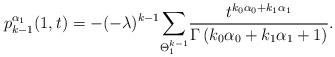
LaTeX: \begin{align*}p^{\alpha_1}_{k-1}(1,t)=-(-\lambda)^{k-1}\underset{\Theta^{k-1}_{1}}{\sum}\frac{t^{k_0\alpha_0+k_1\alpha_1}}{\Gamma\left(k_0\alpha_0+k_1\alpha_1+1\right)}.\end{align*}